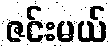
ဇင်းမယ်